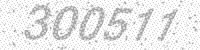
Solution: 300511